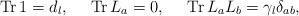
\begin{align*}{\rm Tr\,}1=d_{l},~~~~{\rm Tr\,}L_{a}=0,~~~~{\rm Tr\,}L_{a}L_{b}=\gamma_{l}\delta _{ab},\end{align*}